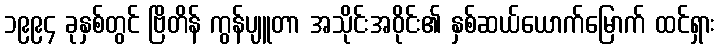
၁၉၉၄ ခုနှစ်တွင် ဗြိတိန် ကွန်ပျူတာ အသိုင်းအဝိုင်း၏ နှစ်ဆယ်ယောက်မြောက် ထင်ရှား